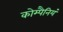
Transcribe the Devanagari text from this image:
कोम्पैनियं